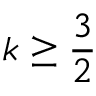
k \geq \frac 3 2